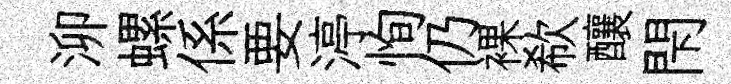
泖螺係要渟恂仍裸欷釀閇